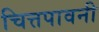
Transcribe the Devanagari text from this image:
चित्तपावनी